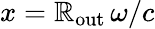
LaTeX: x=\mathbb{R}_{\mathrm{{out}}}\, \omega/c